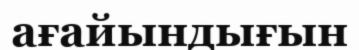
ағайындығын